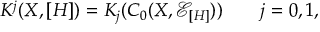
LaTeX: K ^ { j } ( X , [ H ] ) = K _ { j } ( C _ { 0 } ( X , { \mathcal E } _ { [ H ] } ) ) \qquad j = 0 , 1 ,